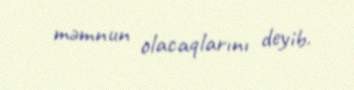
məmnun olacaqlarını deyib.